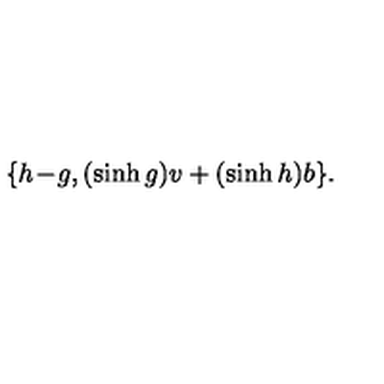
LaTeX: \{ h \! - \! g , ( \sinh g ) v + ( \sinh h ) b \} .